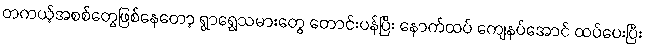
တကယ့်အစစ်တွေဖြစ်နေတော့ ရွာရွှေသမားတွေ တောင်းပန်ပြီး နောက်ထပ် ကျေနပ်အောင် ထပ်ပေးပြီး